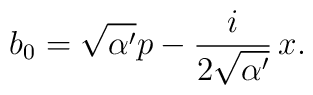
b_0=\sqrt{\alpha'}p-\frac{i}{2\sqrt{\alpha'}}\,x.